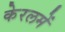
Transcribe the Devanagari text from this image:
केरलमें